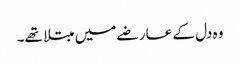
وہ دل کے عارضے میں مبتلا تھے۔